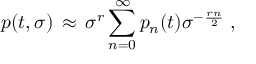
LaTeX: p ( t , \sigma ) \, \approx \, \sigma ^ { r } \sum _ { n = 0 } ^ { \infty } p _ { n } ( t ) \sigma ^ { - \frac { r n } { 2 } } \; ,